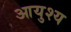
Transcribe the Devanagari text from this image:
आयुश्य